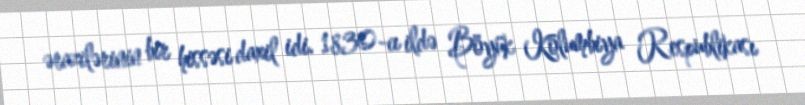
ərazilərinin bir hissəsi daxil idi. 1830-cı ildə Böyük Kolumbiya Respublikası